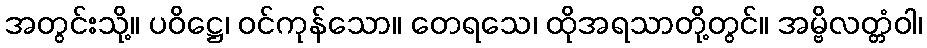
အတွင်းသို့။ ပဝိဋ္ဌေ၊ ဝင်ကုန်သော။ တေရသေ၊ ထိုအရသာတို့တွင်။ အမ္ဗိလတ္တံဝါ၊